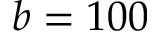
b = 1 0 0